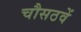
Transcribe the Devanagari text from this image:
चौसठवें